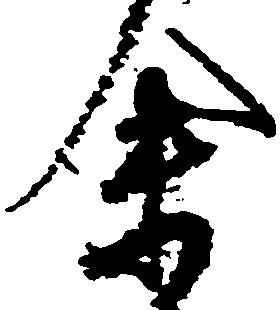
余